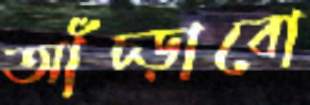
আঁচ্‌ড়াবো